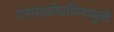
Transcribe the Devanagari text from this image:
ग्लायकोप्रथिनामुळे